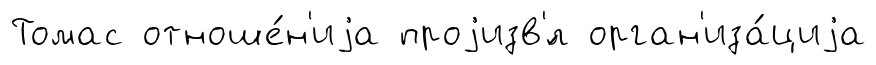
Томас отноше́н'иjа проjизв'́л орган'иза́циjа